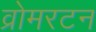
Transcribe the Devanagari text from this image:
व्रोमरटन